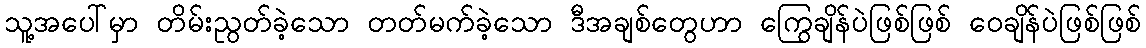
သူ့အပေါ်မှာ တိမ်းညွတ်ခဲ့သော တတ်မက်ခဲ့သော ဒီအချစ်တွေဟာ ကြွေချိန်ပဲဖြစ်ဖြစ် ဝေချိန်ပဲဖြစ်ဖြစ်